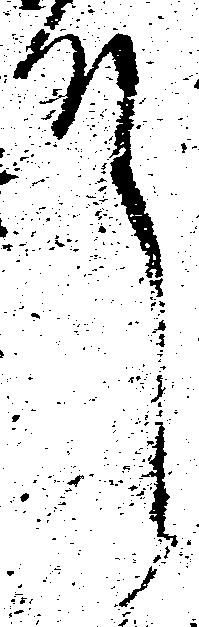
殿